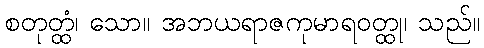
စတုတ္ထံ၊ သော။ အဘယရာဇကုမာရဝတ္ထု၊ သည်။